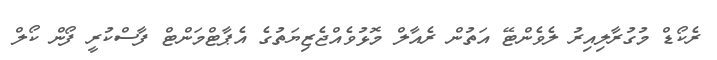
ރެކޯޑް މުގުރާލިއިރު ލެވެންޓޭ އަތުން ރެއާލް މޮޅުވެއްޖެޒިޔަތުގެ އެޕާޓްމަންޓް ފާސްކުރީ ފޯން ކޯލް